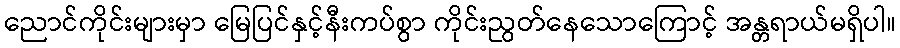
ညောင်ကိုင်းများမှာ မြေပြင်နှင့်နီးကပ်စွာ ကိုင်းညွတ်နေသောကြောင့် အန္တရာယ်မရှိပါ။